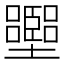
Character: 𡓶